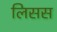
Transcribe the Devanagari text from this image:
लिसस